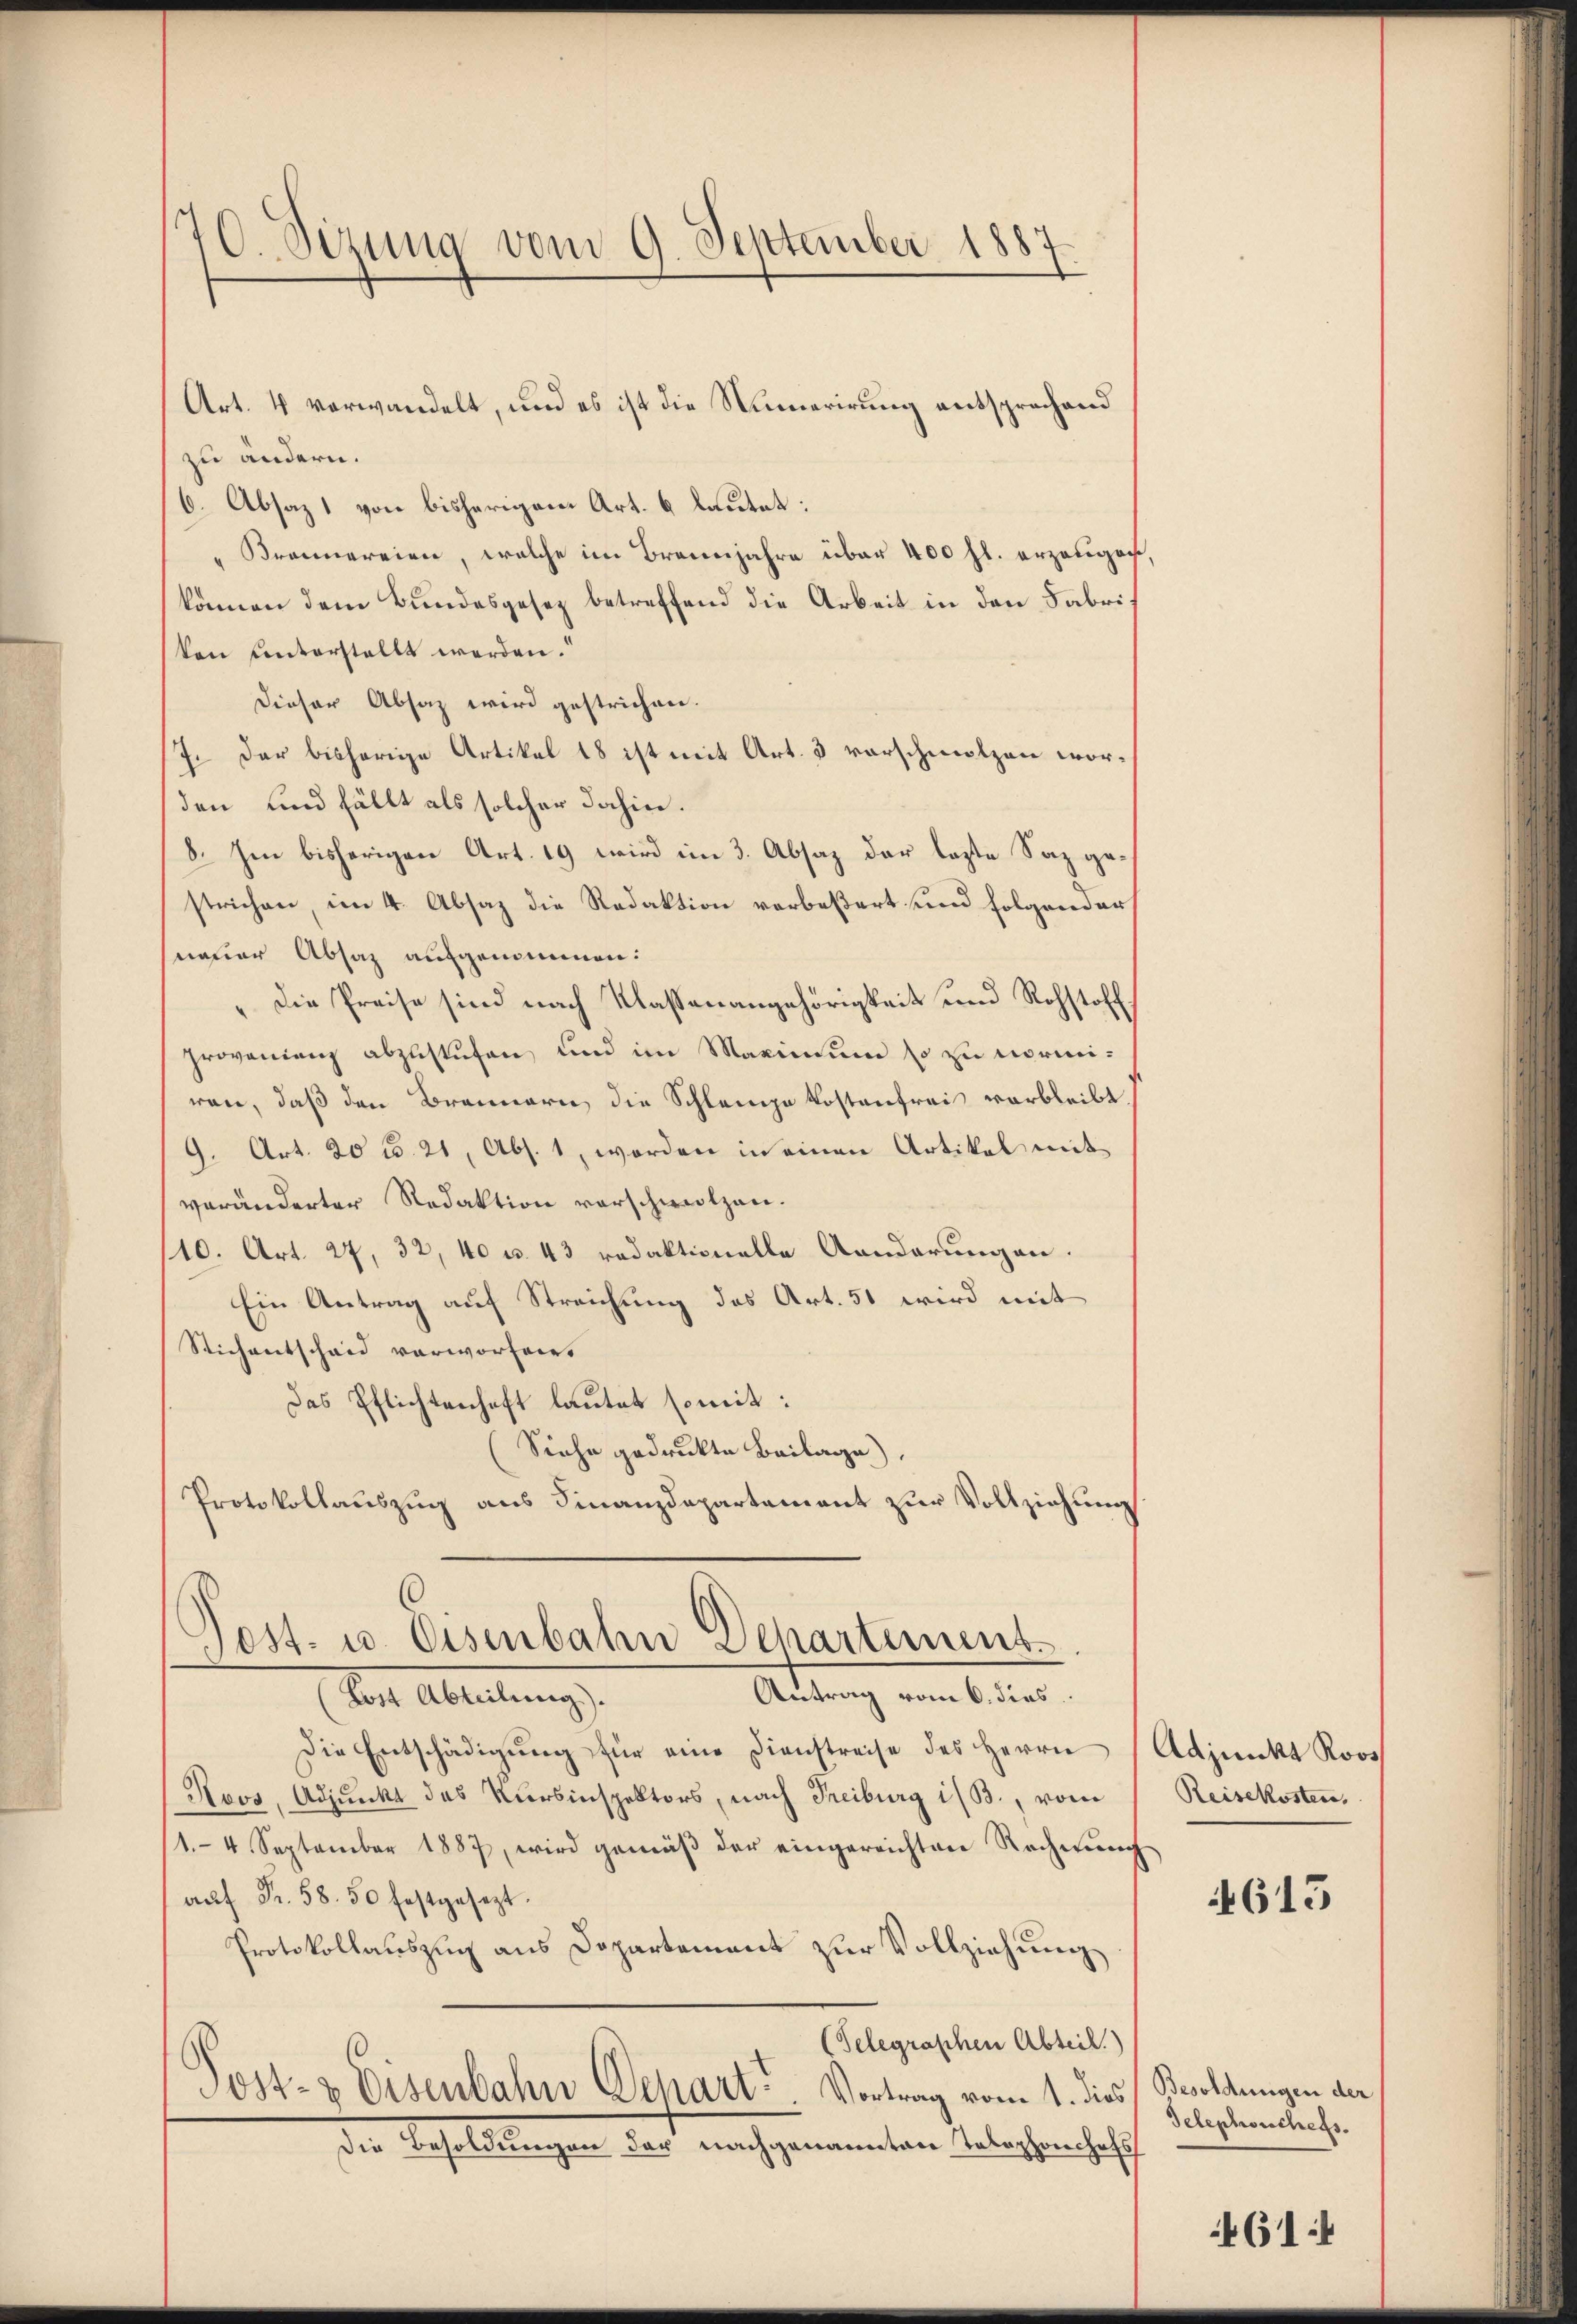
170. Sizung vom 9. September 1887

Art. 4 verwandelt, und es ist die Numerirung entsprechend
zu ändern.
6. Absaz von bisherigem Art. 6 lautet:
Brennereien, welche im Brannjahre über 400 fl. erzeugen,
können dem Bundesgesez betreffend die Arbeit in den Fabrikon unterstellt werden.
Dieser Absaz wird gestrichen.
/7. Der bisherige Artikel 18 ist mit Art. 3 vorschmolzen worden und fällt als solcher dahin.
8. Im bisherigen Art. 19 wird im 3. Absaz der lezte Saz gestrichen, im 4. Absaz die Redaktion verbeßert und folgender
nauer Absaz aufgenommen:
„Die Preise sind nach Klaßenangehörigkeit und Rohstoff
provenienz abzustufen und im Maximum so zu normiren, daß den Brennern, die Schleige Kostenfrei verbleibt.
9. Art. 20 u. 21, Abs. 1, worden in einen Artikel mit
veränderter Redaktion vorschwolzen.
10. Art. 27, 32, 40 u. 43 redaktionelle Aenderungen.
Ein Antrag auf Streichung des Art. 51 wird mit
Sichentschaid vorworfen.
Das Pflichtenhaft lautet somit:
Siehe gedruckte Beilage).
Protokollauszug aus Finanzdepartament zur Vollziehung
Post- u. Eisenbahn Departement
Antrag vom 6. dies
Von Ablehnung
Die Entschädigŭng für eine Dienstreise des Herrn Adjunkt Roos
Koos, Adjunkt das Versinspektors, nach Freiburg i/B., vom
1.4 September 1887, wird gemäß der eingereichten Rechnung
aŭf Fr. 58. 50 festgesezt.
Protokollauszug aus Departement zur Vollziehung
(Telegraschen Abteil)
Post- & Eisenbahn Schart. Vortrag vom 1. dies
Die Besoldungen der nachgenannten Telephonchefs

Reisekosten,

4615

Besoldungen der
Telephonchefs

61: